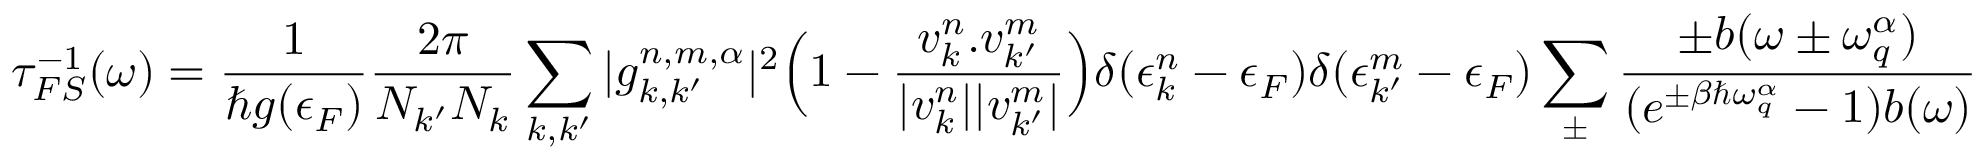
\tau _ { F S } ^ { - 1 } ( \omega ) = \frac { 1 } { \hbar g ( \epsilon _ { F } ) } \frac { 2 \pi } { N _ { k ^ { \prime } } N _ { k } } \sum _ { k , k ^ { \prime } } | g _ { k , k ^ { \prime } } ^ { n , m , \alpha } | ^ { 2 } \Big ( 1 - \frac { v _ { k } ^ { n } . v _ { k ^ { \prime } } ^ { m } } { | v _ { k } ^ { n } | | v _ { k ^ { \prime } } ^ { m } | } \Big ) \delta ( \epsilon _ { k } ^ { n } - \epsilon _ { F } ) \delta ( \epsilon _ { k ^ { \prime } } ^ { m } - \epsilon _ { F } ) \sum _ { \pm } \frac { \pm b ( \omega \pm \omega _ { q } ^ { \alpha } ) } { ( e ^ { \pm \beta \hbar \omega _ { q } ^ { \alpha } } - 1 ) b ( \omega ) }